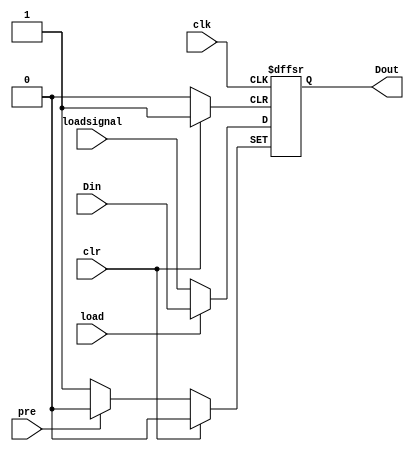
`timescale 1ns / 1ps
//////////////////////////////////////////////////////////////////////////////////
// Company: 
// Engineer: 
// 
// Design Name: 
// Module Name:    D_ff_with_priority 
// Project Name: 
// Target Devices: 
// Tool versions: 
// Description: 
//
// Dependencies: 
//
// Revision: 
// Revision 0.01 - File Created
// Additional Comments: 
//
//////////////////////////////////////////////////////////////////////////////////
module D_ff_with_priority(
input clk,
input clr,
input pre,
input Din,
input load,
input loadsignal,
output reg Dout
    );
always@(posedge clk or posedge clr or negedge pre) begin
	if(clr) Dout=0; // uv clr= 0->1
	else if(!pre) Dout=1; //Guv pre=1->0
	else if(!load) Dout=loadsignal; //Tuv JT
	else Dout=Din;
end
endmodule